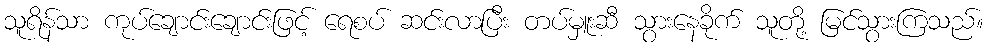
သူရိန်သာ ကုပ်ချောင်းချောင်းဖြင့် ရေစပ် ဆင်းလာပြီး တပ်မှူးဆီ သွားနေခိုက် သူတို့ မြင်သွားကြသည်။